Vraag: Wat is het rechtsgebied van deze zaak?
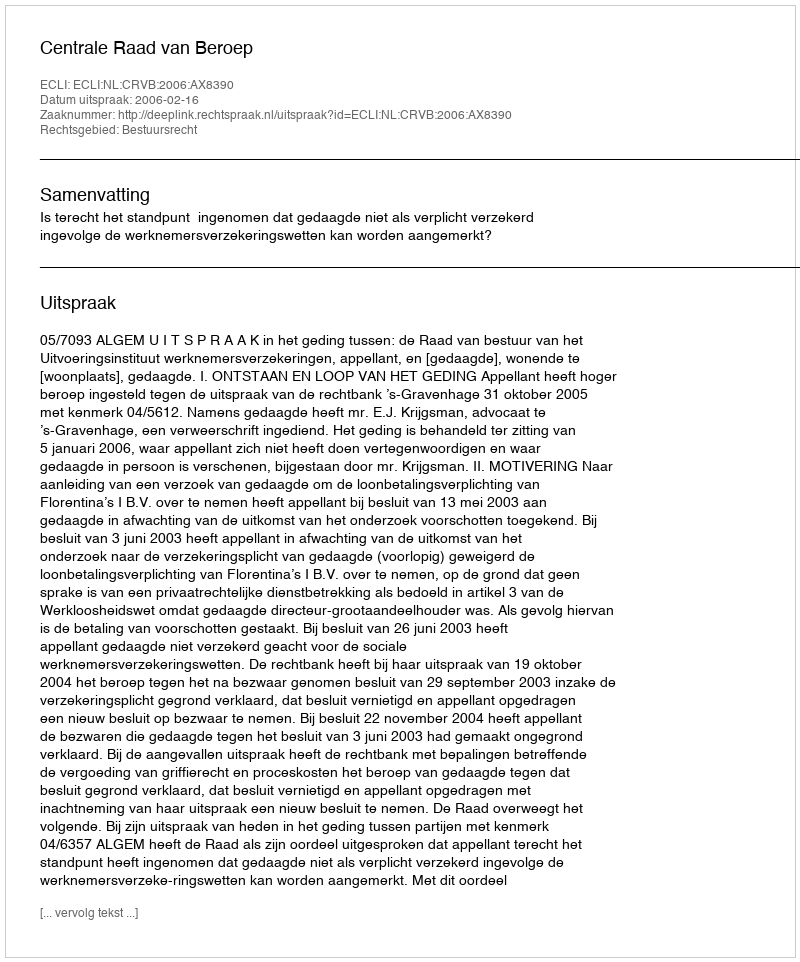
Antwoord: Bestuursrecht